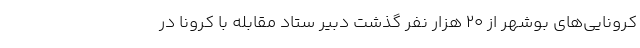
کرونایی‌های بوشهر از ۲۰ هزار نفر گذشت دبیر ستاد مقابله با کرونا در